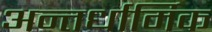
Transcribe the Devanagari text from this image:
अन्तर्धार्मिक